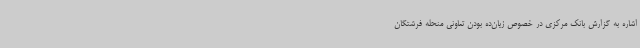
اشاره به گزارش بانک مرکزی در خصوص زیان‌ده بودن تعاونی منحله فرشتگان